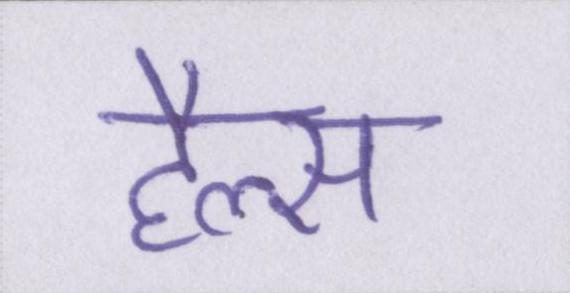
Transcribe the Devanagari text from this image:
हैल्स